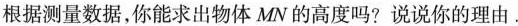
根据测量数据，你能求出物体MN的高度吗? 说说你的理由.